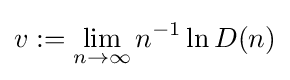
v:=\lim _{n\to \infty }n^{-1}\ln D(n)